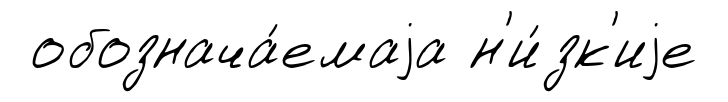
обознача́емаjа н'и́зк'иjе